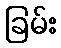
ခြမ်း